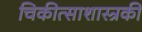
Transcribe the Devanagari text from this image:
चिकीत्साशास्त्रकी